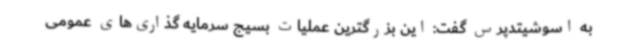
به اسوشیتدپرس گفت: این بزرگترین عملیات بسیج سرمایه گذاری‌های عمومی